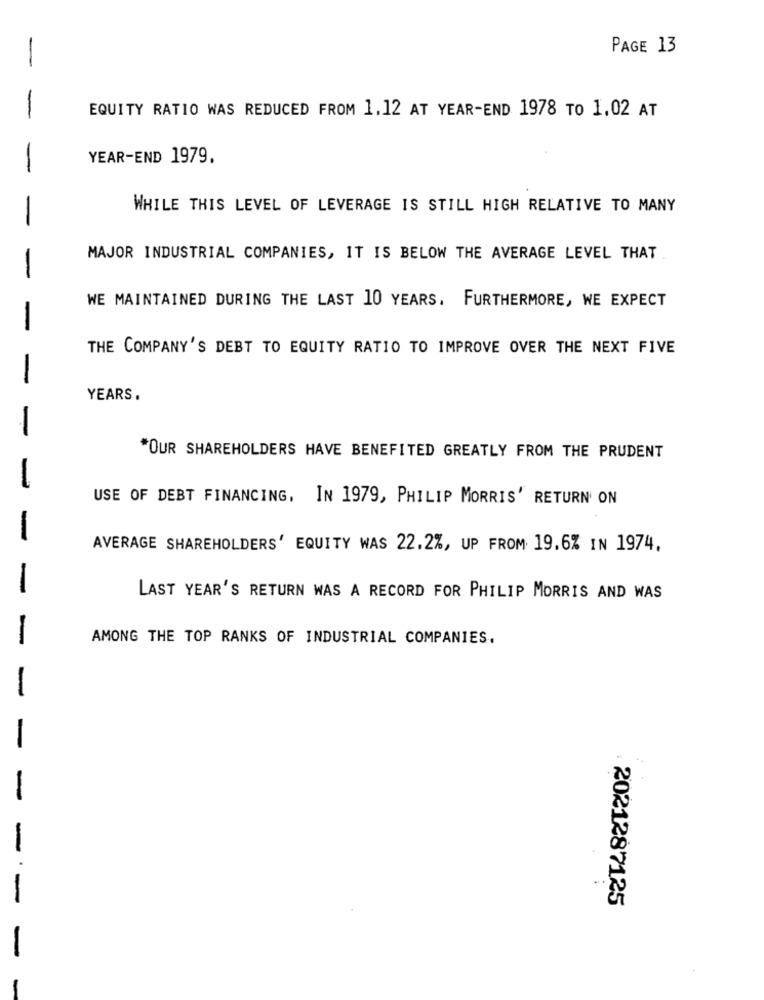
PAGE 13
-
-
EQUITY RATIO WAS REDUCED FROM 1,12 AT YEAR-END 1978 TO 1,02 AT
YEAR-END 1979.
WHILE THIS LEVEL OF LEVERAGE IS STILL HIGH RELATIVE TO MANY
MAJOR INDUSTRIAL COMPANIES, IT IS BELOW THE AVERAGE LEVEL THAT
WE MAINTAINED DURING THE LAST 10 YEARS. FURTHERMORE, WE EXPECT
THE COMPANY'S DEBT TO EQUITY RATIO TO IMPROVE OVER THE NEXT FIVE
YEARS.
"OUR SHAREHOLDERS HAVE BENEFITED GREATLY FROM THE PRUDENT
-
USE OF DEBT FINANCING. IN 1979, PHILIP MORRIS' RETURN ON
-
AVERAGE SHAREHOLDERS' EQUITY WAS 22.2%, UP FROM 19.6% IN 1974.
-
LAST YEAR'S RETURN WAS A RECORD FOR PHILIP MORRIS AND WAS
-
AMONG THE TOP RANKS OF INDUSTRIAL COMPANIES.
-
2021287125